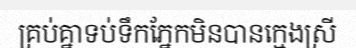
គ្រប់គ្នាទប់ទឹកភ្នែកមិនបានក្មេងស្រី